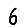
Digit: 6